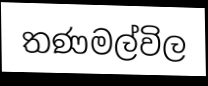
තණමල්විල